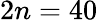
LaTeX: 2n=40